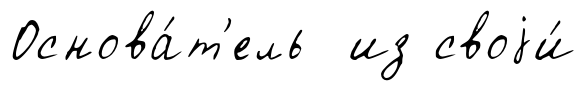
Основа́т'ель из своjи́